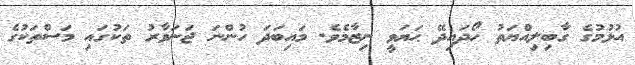
އުޅުމުގެ ގާބިލިއްޔަތު ހޯދައިދޭ ޙަޔަވީ ނިޒާމެވެ. މައިބަދަ ހުންނަ ޖަނަވާރު ތަކުގައި މަސްތަކުގެ